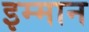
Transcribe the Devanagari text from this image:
इम्मान